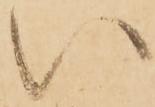
い